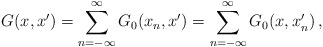
\begin{align*}G(x,x') = \sum_{n = -\infty}^{\infty} G_0(x_n, x') = \sum_{n = -\infty}^{\infty} G_0(x, x'_n)\,,\end{align*}